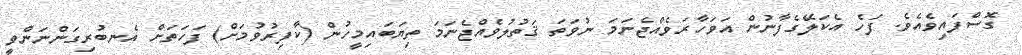
ގޮސްފައިވެއެވެ. ފަހެ އެކަލޭގެފާނުން އަވަހާރަވެއްޖެނަމަ ނުވަތަ ޤަތުލުވެއްޖެނަމަ ތިޔަބައިމީހުން (ކާފިރުވުމަށް) ފަހަތަށް އެނބުރިގަންނަންވީ